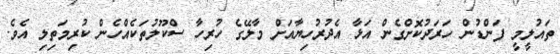
ތައުލީމީ ފަންޑުން ހަރަދުކޮށްގެން އަޅާ އެދުރުހިޔާއަށް މާލޭގެ ހުރިހާ ސްކޫލުތަކެއްހެން ކުރިމަތިލި އެވެ.